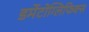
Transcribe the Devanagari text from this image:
डर्मेटोग्लिफिक्स